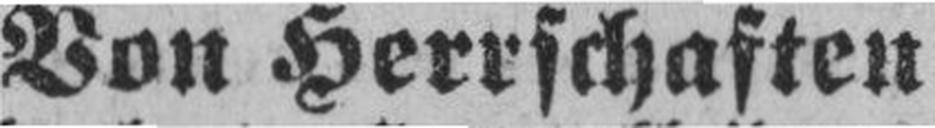
Von Herrschaften